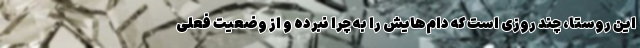
این روستا، چند روزی است که دام‌هایش را به چرا نبرده و از وضعیت فعلی